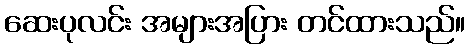
ဆေးပုလင်း အများအပြား တင်ထားသည်။